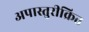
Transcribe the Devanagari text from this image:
अपास्तुरीक्रित